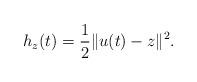
LaTeX: \begin{align*}h_z(t) = \frac{1}{2} \| u(t)- z \|^2.\end{align*}